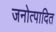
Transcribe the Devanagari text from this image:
जनोत्पादित